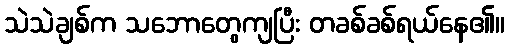
သဲသဲချစ်က သဘောတွေကျပြီး တခစ်ခစ်ရယ်နေ၏။